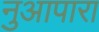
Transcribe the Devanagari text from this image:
नुआपारा